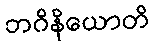
ဘဂိနိယောတိ